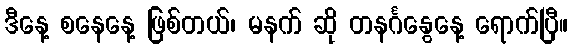
ဒီနေ့ စနေနေ့ ဖြစ်တယ်၊ မနက် ဆို တနင်္ဂနွေနေ့ ရောက်ပြီ။